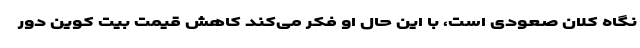
نگاه کلان صعودی است، با این حال او فکر می‌کند کاهش قیمت بیت کوین دور